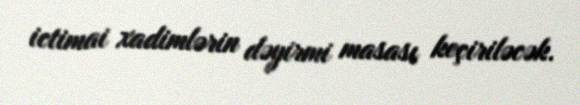
ictimai xadimlərin dəyirmi masası keçiriləcək.